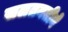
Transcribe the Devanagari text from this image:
सलतनतीने